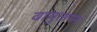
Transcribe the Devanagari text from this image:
वायुतापन